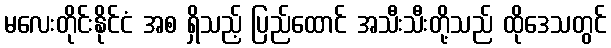
မလေးတိုင်းနိုင်ငံ အစ ရှိသည့် ပြည်ထောင် အသီးသီးတို့သည် ထိုဒေသတွင်